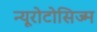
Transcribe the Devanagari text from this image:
न्यूरोटोसिज्म